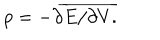
p = - \partial \overline { { { E / \partial V . } } }